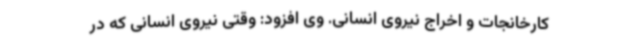
کارخانجات و اخراج نیروی انسانی. وی افزود: وقتی نیروی انسانی که در